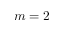
m = 2